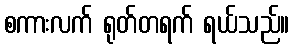
စကားလက် ရုတ်တရက် ရယ်သည်။